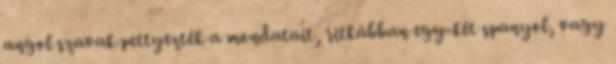
angol szavak pettyezték a mondatait, ritkábban egy-két spanyol, vagy